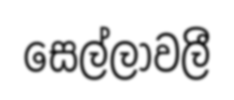
සෙල්ලාවලී